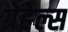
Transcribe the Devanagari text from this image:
ग्रेहेल्स